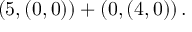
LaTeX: \left( 5 , \left( 0 , 0 \right) \right) + \left( 0 , \left( 4 , 0 \right) \right) .